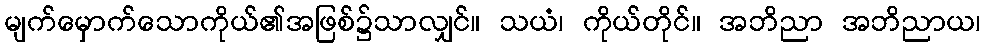
မျက်မှောက်သောကိုယ်၏အဖြစ်၌သာလျှင်။ သယံ၊ ကိုယ်တိုင်။ အဘိညာ အဘိညာယ၊